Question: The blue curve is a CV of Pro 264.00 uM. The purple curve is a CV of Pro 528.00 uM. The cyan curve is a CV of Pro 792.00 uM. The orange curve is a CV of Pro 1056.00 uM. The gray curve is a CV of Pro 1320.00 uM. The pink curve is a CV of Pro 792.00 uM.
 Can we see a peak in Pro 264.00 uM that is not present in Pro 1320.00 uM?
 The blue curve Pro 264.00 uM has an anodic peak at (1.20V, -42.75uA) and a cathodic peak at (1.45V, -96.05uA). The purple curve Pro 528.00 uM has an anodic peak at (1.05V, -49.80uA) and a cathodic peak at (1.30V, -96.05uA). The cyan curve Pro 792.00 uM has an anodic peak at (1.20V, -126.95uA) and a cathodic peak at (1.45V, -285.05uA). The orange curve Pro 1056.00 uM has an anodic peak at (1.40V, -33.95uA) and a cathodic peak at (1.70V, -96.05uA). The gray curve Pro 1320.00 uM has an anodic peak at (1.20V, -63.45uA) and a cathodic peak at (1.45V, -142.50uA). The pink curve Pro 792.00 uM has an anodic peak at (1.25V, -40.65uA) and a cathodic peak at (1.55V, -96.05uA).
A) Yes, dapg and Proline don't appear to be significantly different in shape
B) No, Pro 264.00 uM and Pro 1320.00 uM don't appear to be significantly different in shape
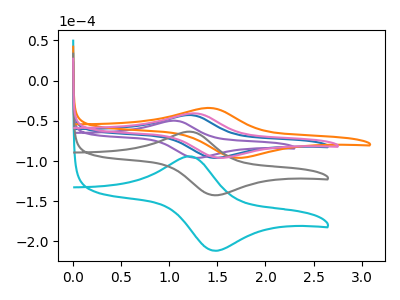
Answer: <think>All the peaks in "Pro 264.00 uM" have a peak in "Pro 1320.00 uM" at the same potential.
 </think>
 <answer>B) No, "Pro 264.00 uM" and "Pro 1320.00 uM" don't appear to be significantly different in shape</answer>
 <eval>B</eval>